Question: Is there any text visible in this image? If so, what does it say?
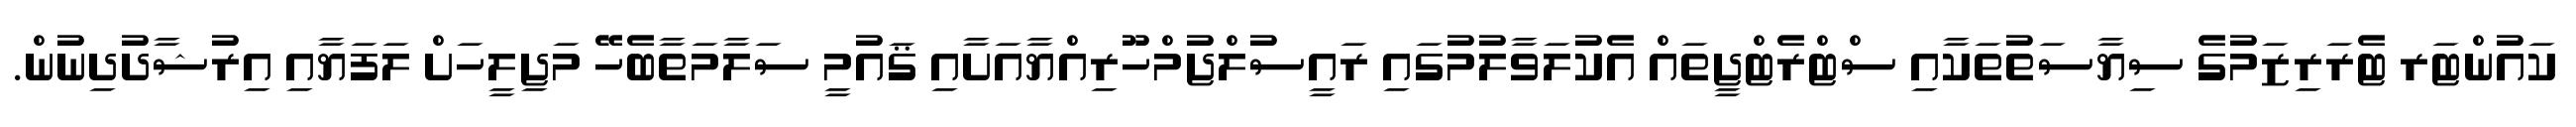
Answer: ކައުންޓަރ ޓެރަރިޒަމުގެ ސިޔާސަތުތަކާއި ސްޓްރެޓްޖީތައް އެކުލަވާލުމުގައި ރައީސުލްޖުމްހޫރިއްޔާއަށާއި ޤައުމީ ސަލާމަތާބެހޭ މަޖިލީހަށް ލަފަޔާއި އިރުޝާދުދިނުން.